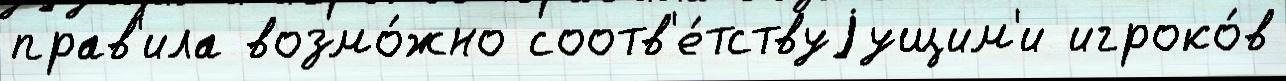
прав'ила возмо́жно соотв'е́тствуjущим'и игроко́в